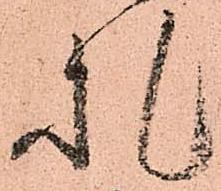
札